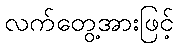
လက်တွေ့အားဖြင့်